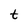
Character: t